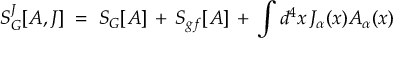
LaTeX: S _ { G } ^ { J } [ A , J ] \; = \; S _ { G } [ A ] \, + \, S _ { g f } [ A ] \, + \, \int d ^ { 4 } x \, J _ { \alpha } ( x ) A _ { \alpha } ( x ) \,